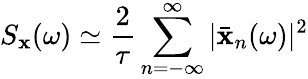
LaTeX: S_{\mathbf{x}}(\omega)\simeq\frac{{2}}{{\tau}}\sum_{n=-\infty}^{\infty}|\bar{{\mathbf{x}}}_{n}(\omega)|^{2}